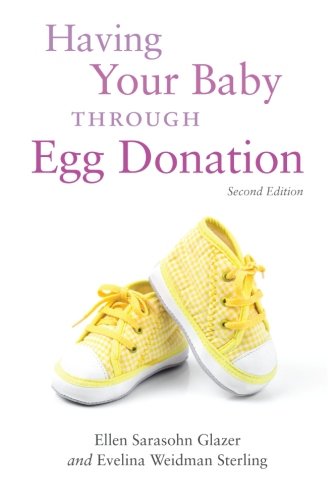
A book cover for Having Your Baby Through Egg Donation; Ellen Sarasohn Glazer; Parenting & Relationships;